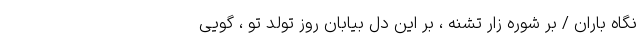
نگاه باران / بر شوره زار تشنه ، بر این دل بیابان روز تولد تو ، گویی